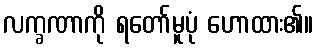
လက္ခဏာကို ရတော်မူပုံ ဟောထား၏။